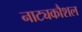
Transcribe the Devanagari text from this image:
नाट्यकौशल